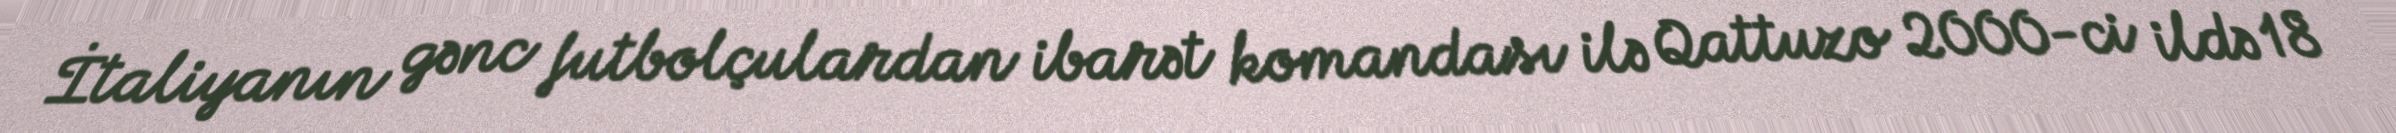
İtaliyanın gənc futbolçulardan ibarət komandası ilə Qattuzo 2000-ci ildə 18